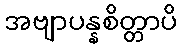
အဗျာပန္နစိတ္တာပိ